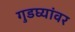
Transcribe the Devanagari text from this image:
गुडघ्यांवर